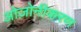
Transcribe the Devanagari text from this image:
ओज़ोनीकरण